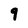
Character: 9